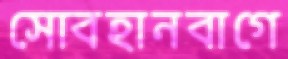
সোবহানবাগে